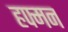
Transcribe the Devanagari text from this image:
हफ्मन